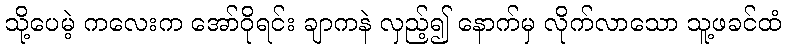
သို့ပေမဲ့ ကလေးက အော်ဝိုရင်း ချာကနဲ လှည့်၍ နောက်မှ လိုက်လာသော သူ့ဖခင်ထံ